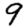
Digit: 9